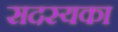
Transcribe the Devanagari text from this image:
सदस्यका